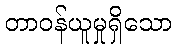
တာဝန်ယူမှုရှိသော